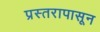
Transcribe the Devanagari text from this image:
प्रस्तरापासून